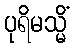
ပုရိမသ္မိံ